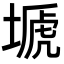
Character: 𡏚